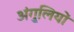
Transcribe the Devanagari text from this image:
अंगु्लियों